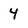
Character: 4